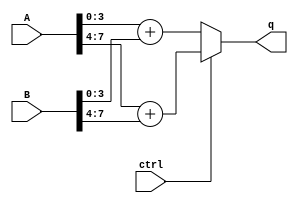
`timescale 1ns / 1ps
//////////////////////////////////////////////////////////////////////////////////
// Company: 
// Engineer: 
// 
// Design Name: 
// Module Name: q4_1008656
// Project Name: 
// Target Devices: 
// Tool Versions: 
// Description: 
// 
// Dependencies: 
// 
// Revision:
// Revision 0.01 - File Created
// Additional Comments:
// 
//////////////////////////////////////////////////////////////////////////////////


//!DO NOT MODIFY MODULE NAME AND PORT NAME!
module nibbleadd(
    input [7:0] A,
    input [7:0] B,
    input ctrl,
    output [4:0] q
);

//YOUR CODE HERE
assign q = (ctrl == 1'b0) ? (A[3:0] + B[3:0]) : (A[7:4] + B[7:4]);

endmodule